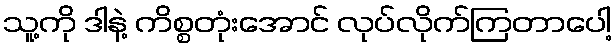
သူ့ကို ဒါနဲ့ ကိစ္စတုံးအောင် လုပ်လိုက်ကြတာပေါ့